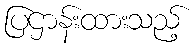
ပြဌာန်းထားသည့်